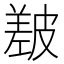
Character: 㿷